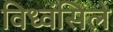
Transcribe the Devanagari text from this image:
विध्वंसिले